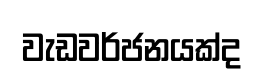
වැඩවර්ජනයක්ද